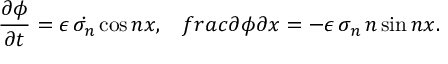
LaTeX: \frac { \partial \phi } { \partial t } = \epsilon \, \dot { \sigma _ { n } } \cos n x , \ \ \, f r a c { \partial \phi } { \partial x } = - \epsilon \, \sigma _ { n } \, n \sin n x .